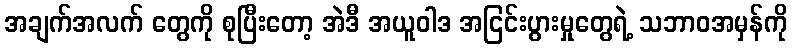
အချက်အလက် တွေကို စုပြီးတော့ အဲဒီ အယူဝါဒ အငြင်းပွားမှုတွေရဲ့ သဘာဝအမှန်ကို